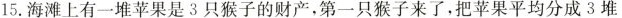
15. 海滩上有一堆苹果是3只猴子的财产，第一只猴子来了，把苹果平均分成3堆